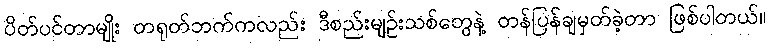
ပိတ်ပင်တာမျိုး တရုတ်ဘက်ကလည်း ဒီစည်းမျဉ်းသစ်တွေနဲ့ တန်ပြန်ချမှတ်ခဲ့တာ ဖြစ်ပါတယ်။